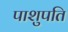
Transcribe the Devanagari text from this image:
पाशुपति